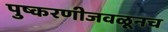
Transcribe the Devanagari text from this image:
पुष्करणीजवळूनच